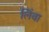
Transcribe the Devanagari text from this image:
लिंवा